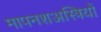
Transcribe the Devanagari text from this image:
मापनशअस्त्रियों